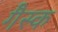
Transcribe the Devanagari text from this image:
गैस्क